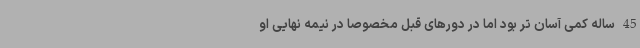
45 ساله کمی آسان تر بود اما در دورهای قبل مخصوصا در نیمه نهایی او